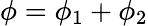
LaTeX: \phi=\phi_{1}+\phi_{2}